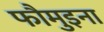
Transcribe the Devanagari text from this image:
फौमुइना